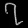
Digit: ၇